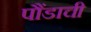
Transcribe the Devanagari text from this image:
पौंडाची